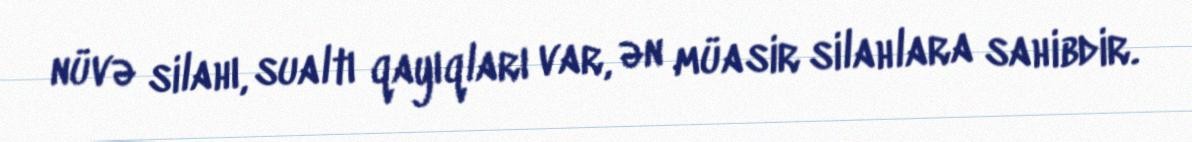
nüvə silahı, sualtı qayıqları var, ən müasir silahlara sahibdir.